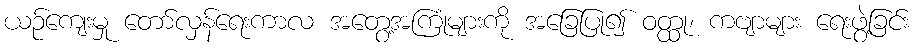
ယဉ်ကျေးမှု တော်လှန်ရေးကာလ အတွေ့အကြုံများကို အခြေပြု၍ ဝတ္ထု၊ ကဗျာများ ရေးဖွဲ့ခြင်း